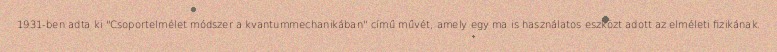
1931-ben adta ki "Csoportelmélet módszer a kvantummechanikában" című művét, amely egy ma is használatos eszközt adott az elméleti fizikának.